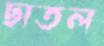
ছাতল